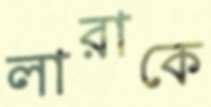
লারাকে